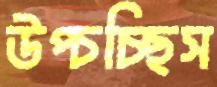
উপ্‌চচ্ছিস